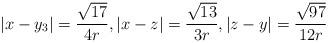
LaTeX: \begin{align*} |x-y_3| = \frac{\sqrt{17}}{4r}, |x-z|=\frac{\sqrt{13}}{3r}, |z-y| = \frac{\sqrt{97}}{12r} \end{align*}